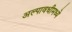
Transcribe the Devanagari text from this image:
अल्पावधीमध्ये